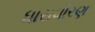
ધારાધોરણ